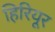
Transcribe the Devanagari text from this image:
हिरियूर